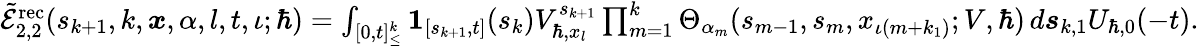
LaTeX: \begin{array}{r}{\tilde{\mathcal{E}}_{2,2}^{\mathrm{rec}}(s_{k+1},k,\boldsymbol{x},\alpha,l,t,\iota;\hbar)=\int_{[0,t]_{\leq}^{k}}\boldsymbol{1}_{[s_{k+1},t]}(s_{k})V_{\hbar,x_{l}}^{s_{k+1}}\prod_{m=1}^{k}\Theta_{\alpha_{m}}(s_{m-1},{s}_{m},x_{\iota(m+k_{1})};V,\hbar)\, d\boldsymbol{s}_{k,1}U_{\hbar,0}(-t).}\end{array}